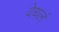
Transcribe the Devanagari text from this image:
वेधलं